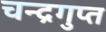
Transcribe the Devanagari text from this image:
चन्‍द्रगुप्‍त